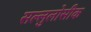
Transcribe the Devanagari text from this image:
सल्लुलोसीक